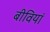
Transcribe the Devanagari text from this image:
बीवियां